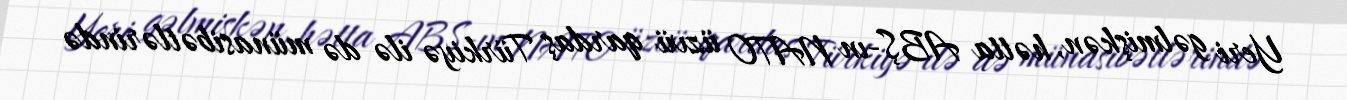
Yeri gəlmişkən, hətta ABŞ-ın NATO üzvü qardaş Türkiyə ilə də münasibətlərində